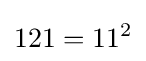
121=11^{2}